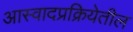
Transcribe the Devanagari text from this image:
आस्वादप्रक्रियेतील